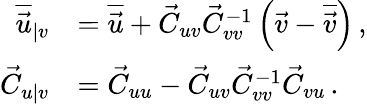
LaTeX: \begin{array}{rl}{\overline{{\vec{u}}}_{\vert v}}&{=\overline{{\vec{u}}}+\vec{C}_{uv}\vec{C}_{vv}^{-1}\left(\vec{v}-\overline{{\vec{v}}}\right)\, ,}\\ {\vec{C}_{u\vert v}}&{=\vec{C}_{uu}-\vec{C}_{uv}\vec{C}_{vv}^{-1}\vec{C}_{vu}\, .}\end{array}